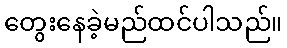
တွေးနေခဲ့မည်ထင်ပါသည်။